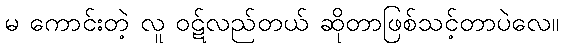
မ ကောင်းတဲ့ လူ ဝဋ်လည်တယ် ဆိုတာဖြစ်သင့်တာပဲလေ။